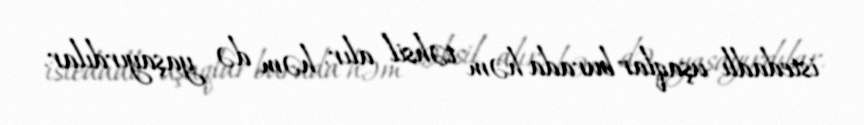
istedadlı uşaqlar burada həm təhsil alır, həm də yaşayırdılar.